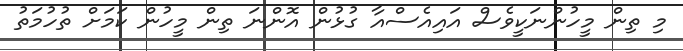
މި ތިން މީހުންނަކީވެސް އައިއެސްއާ ގުޅުން އޮންނަ ތިން މީހުން ކަމަށް ތުހުމަތު